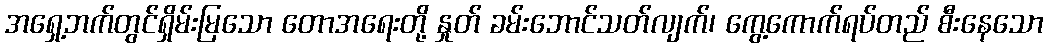
အရှေ့ဘက်တွင်ရှိမ်းမြသော တောအရေးတို့ နှုတ် ခမ်းဘောင်သတ်လျက်၊ ကွေ့ကောက်ရပ်တည် စီးနေသော